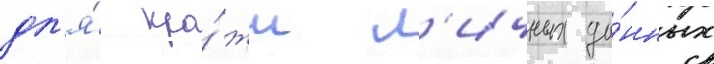
дл'я́ кра́жи л'ичных да́нных